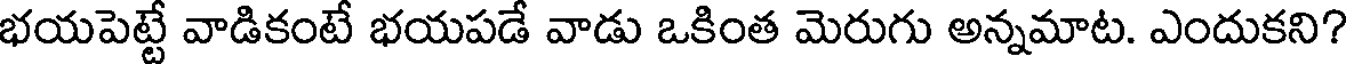
భయపెట్టే వాడికంటే భయపడే వాడు ఒకింత మెరుగు అన్నమాట. ఎందుకని?